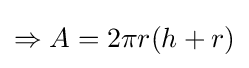
\Rightarrow A=2\pi r(h+r)